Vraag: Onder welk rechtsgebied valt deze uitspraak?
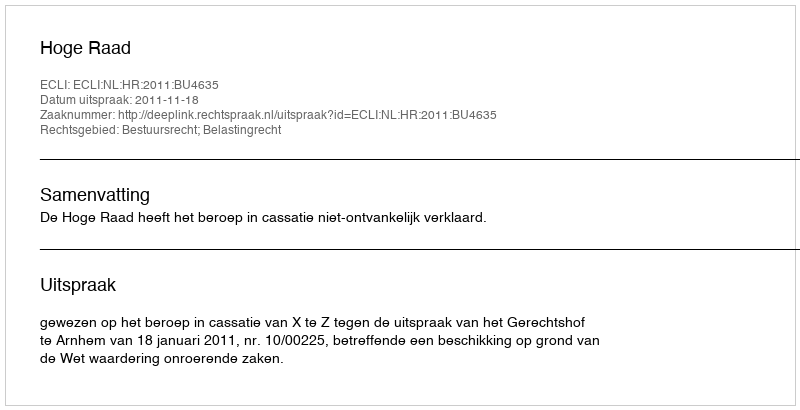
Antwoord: Bestuursrecht; Belastingrecht